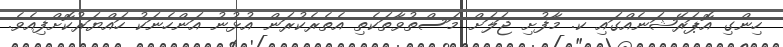
ހިންގި އޮޕަރޭޝަނެއްގައި ކ. މާފުށި ޖަލަށް މަސްތުވާތަކެތި އެތެރެކުރަން އުޅުނު އަންހެނަކު ހައްޔަރުކޮށްފިއެވެ.